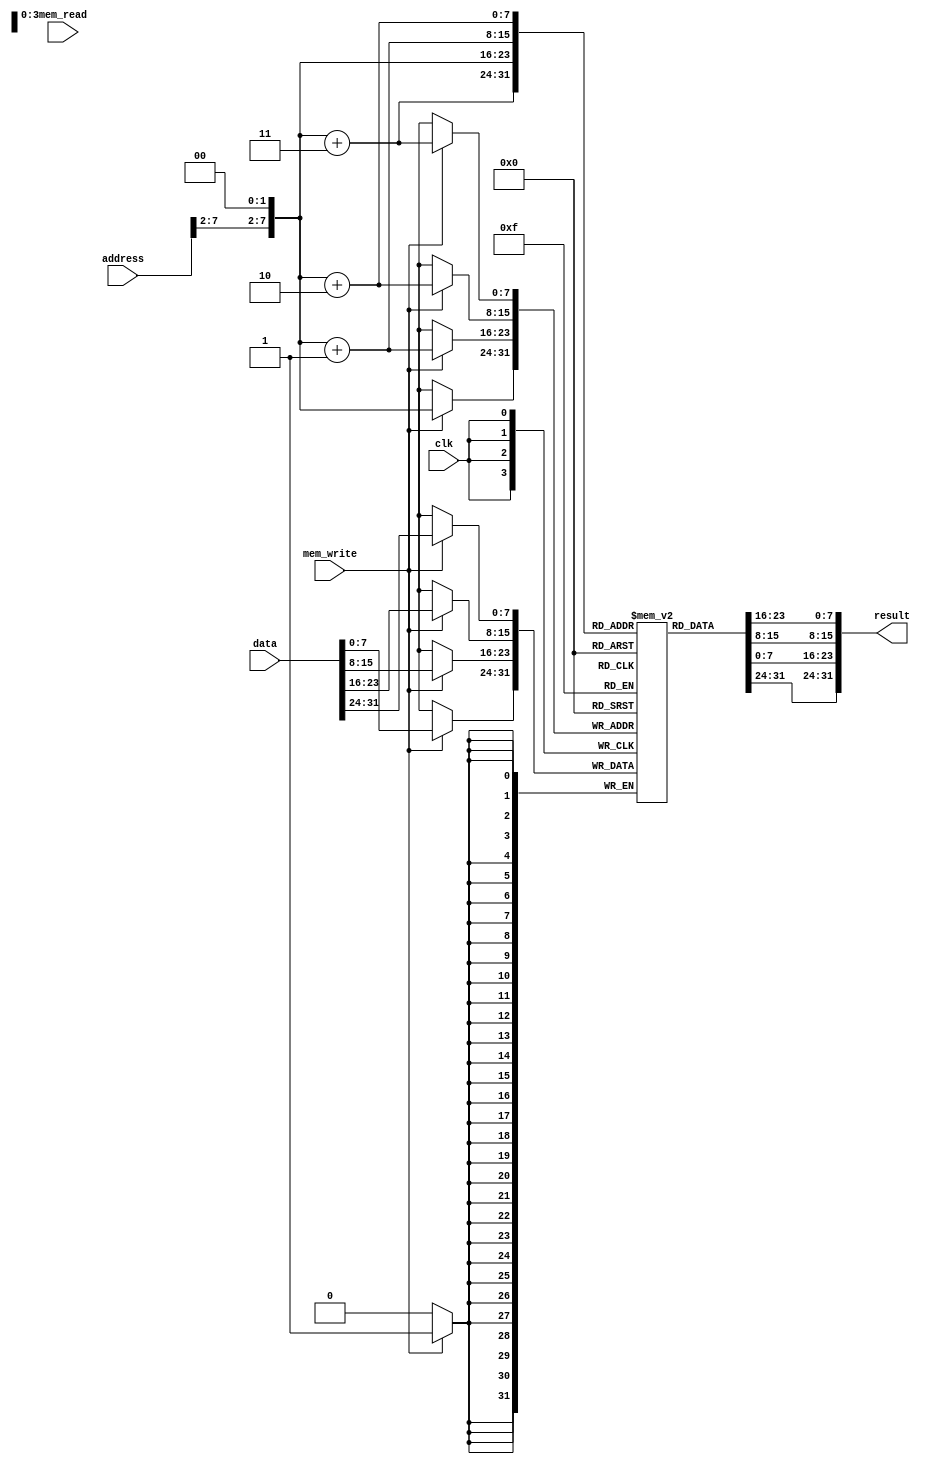
module MEM_Stage(input clk, mem_read, mem_write, input [31:0] address, data, output [31:0] result);

    wire [7:0] startAddress = {address[7:2], 2'b0};
    reg [7:0] memory [0:255];

    assign result = {memory[startAddress + 3], memory[startAddress + 2], memory[startAddress + 1], memory[startAddress]};

    always @(posedge clk) begin
        if(mem_write) begin
            memory[startAddress + 3] <= data[31:24];
            memory[startAddress + 2] <= data[23:16];
            memory[startAddress + 1] <= data[15:8];
            memory[startAddress] <= data[7:0];
        end
    end
endmodule